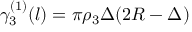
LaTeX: \gamma _ { 3 } ^ { ( 1 ) } ( l ) = \pi { \rho _ { 3 } } \Delta ( 2 R - \Delta )